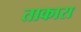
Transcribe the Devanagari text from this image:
ताकारा